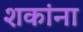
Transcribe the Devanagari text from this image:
शकांना